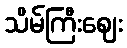
သိမ်ကြီးဈေး